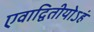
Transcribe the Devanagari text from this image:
एवाद्वितीयोऽहं